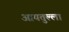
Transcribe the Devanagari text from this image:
आयतुल्ला